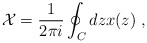
\begin{align*}\mathcal{X}=\frac{1}{2\pi i} \oint_C dz x(z) \ ,\end{align*}